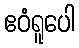
ဧဝံရူပေါ